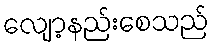
လျော့နည်းစေသည်